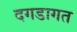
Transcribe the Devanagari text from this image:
दगडागत